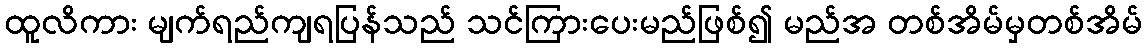
ထူလိကား မျက်ရည်ကျရပြန်သည် သင်ကြားပေးမည်ဖြစ်၍ မည်အ တစ်အိမ်မှတစ်အိမ်